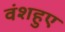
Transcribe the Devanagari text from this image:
वंशहुए